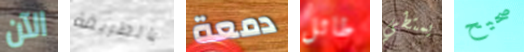
الآن بالطريقة دمعة طائل يمتطي صحيح